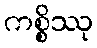
ကစ္စိဿု